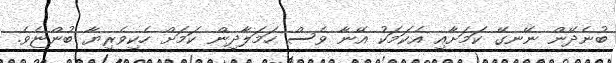
ބުނެދޭން ނޭނގޭ ކަމަށާއި އެކަމަކު އޭނާ ވެސް ހަމަލާދިން ކަމަށް ހެކިވެރިޔާ ބުންޏެވެ.